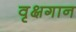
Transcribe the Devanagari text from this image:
वृक्षगान